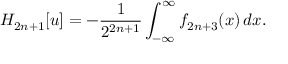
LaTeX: H _ { 2 n + 1 } [ u ] = - { \frac { 1 } { 2 ^ { 2 n + 1 } } } \int _ { - \infty } ^ { \infty } f _ { 2 n + 3 } ( x ) \, d x .